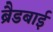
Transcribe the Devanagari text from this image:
ब्रैडबाई